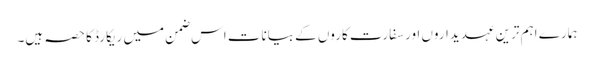
ہمارے اہم ترین عہدیداروں اور سفارت کاروں کے بیانات اس ضمن میں ریکارڈ کا حصہ ہیں۔